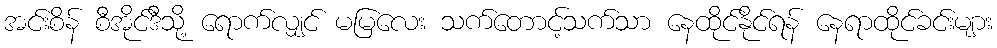
အင်းစိန် စီအိုင်ဒီသို့ ရောက်လျှင် မမြလေး သက်တောင့်သက်သာ နေထိုင်နိုင်ရန် နေရာထိုင်ခင်းများ